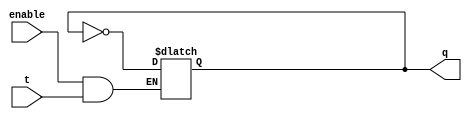
module tlatch(t,enable,q);
	input t,enable;
	output q;
	reg q;
	
	initial q=0;
	
	always@(enable or t)
	  begin

	    if(enable & t)
	     begin
	       q <= ~q;
	     end
	    else if(enable & ~t)
	     begin
	      q <= q;
	     end   
	  end
endmodule